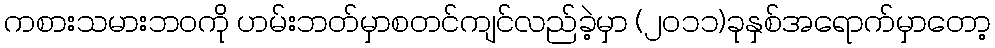
ကစားသမားဘဝကို ဟမ်းဘတ်မှာစတင်ကျင်လည်ခဲ့မှာ (၂၀၁၁)ခုနှစ်အရောက်မှာတော့